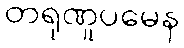
တရုဏူပမေန